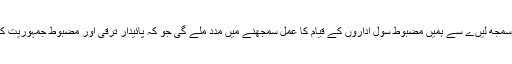
ہم یہ بات اچھی طرح سمجھ لیںے سے ہمیں مضبوط سول اداروں کے قیام کا عمل سمجھنے میں مدد ملے گی جو کہ پائیدار ترقی اور مضبوط جمہوریت کےلیے بنیادی قدم ہے۔